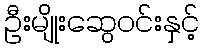
ဦးမျိုးဆွေဝင်းနှင့်